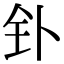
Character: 钋